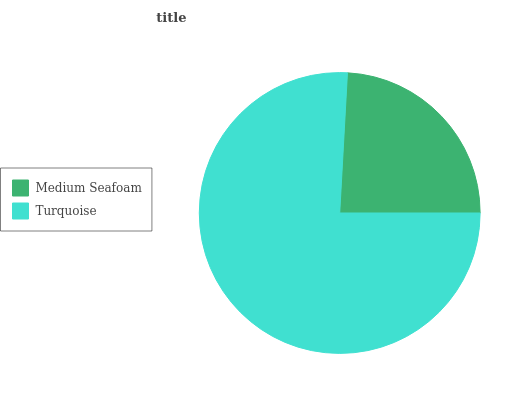
| Medium Seafoam | Turquoise |
 | --- | --- |
 | 24.2% | 75.8% |